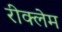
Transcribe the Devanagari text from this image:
रीक्लेम